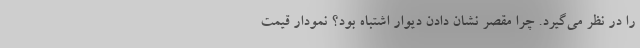
را در نظر می‌گیرد. چرا مقصر نشان دادن دیوار اشتباه بود؟ نمودار قیمت